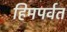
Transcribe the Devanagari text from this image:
हिमपर्वत